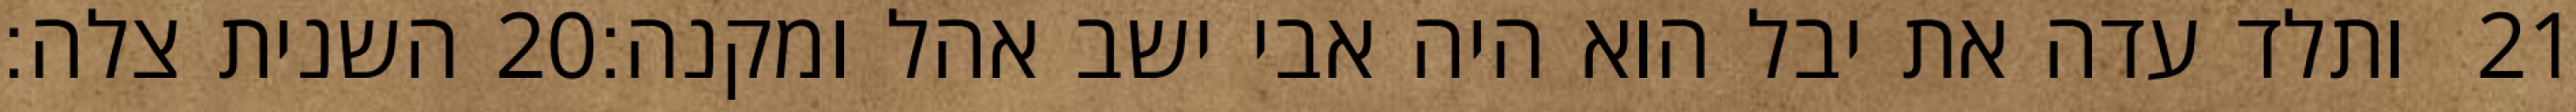
השנית צלה׃ ‎20‏ ותלד עדה את יבל הוא היה אבי ישב אהל ומקנה׃ ‎21‏